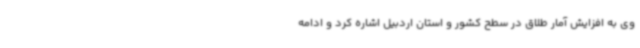
وی به افزایش آمار طلاق در سطح کشور و استان اردبیل اشاره کرد و ادامه